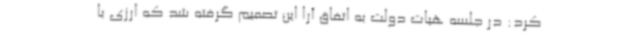
کرد: در جلسه هیات دولت به اتفاق آرا این تصمیم گرفته شد که ارزی با